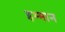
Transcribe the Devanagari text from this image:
इम्मान